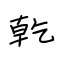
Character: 乾